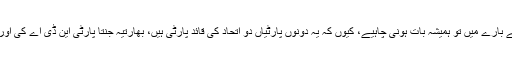
کم سے کم دو پارٹیوں کے بارے میں تو ہمیشہ بات ہونی چاہیے، کیوں کہ یہ دونوں پارٹیاں دو اتحاد کی قائد پارٹی ہیں، بھارتیہ جنتا پارٹی این ڈی اے کی اور کانگریس یو پی اے کی۔